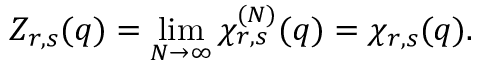
Z _ { r , s } ( q ) = \operatorname * { l i m } _ { N \to \infty } \chi _ { r , s } ^ { ( N ) } ( q ) = \chi _ { r , s } ( q ) .